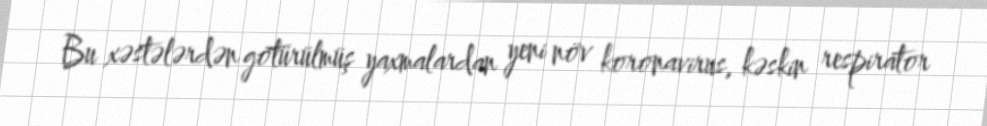
Bu xəstələrdən götürülmüş yaxmalardan yeni növ koronavirus, kəskin respirator